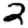
Digit: 2